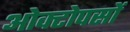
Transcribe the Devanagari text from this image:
ओक्टोपसों